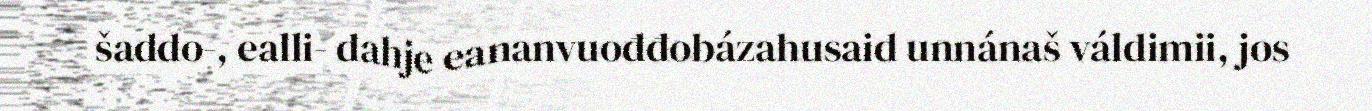
šaddo-, ealli- dahje eananvuođđobázahusaid unnánaš váldimii, jos